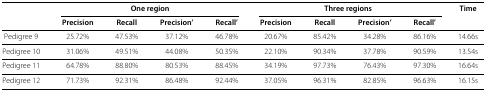
|  | <COLSPAN=4> One region | <COLSPAN=4> Three regions | Time |
 | --- | --- | --- | --- | --- | --- | --- | --- | --- | --- |
 |  | Precision | Recall | Precision’ | Recall’ | Precision | Recall | Precision’ | Recall’ |  |
 | Pedigree 9 | 25.72% | 47.53% | 37.12% | 46.78% | 20.67% | 85.42% | 34.28% | 86.16% | 14.66s |
 | Pedigree 10 | 31.06% | 49.51% | 44.08% | 50.35% | 22.10% | 90.34% | 37.78% | 90.59% | 13.54s |
 | Pedigree 11 | 64.78% | 88.80% | 80.53% | 88.45% | 34.19% | 97.73% | 76.43% | 97.30% | 16.64s |
 | Pedigree 12 | 71.73% | 92.31% | 86.48% | 92.44% | 37.05% | 96.31% | 82.85% | 96.63% | 16.15s |